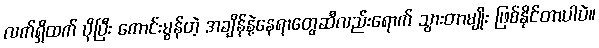
လက်ရှိထက် ပိုပြီး ကောင်းမွန်တဲ့ အချိန်နဲ့နေရာတွေဆီလည်းရောက် သွားတာမျိုး ဖြစ်နိုင်တာပါပဲ။